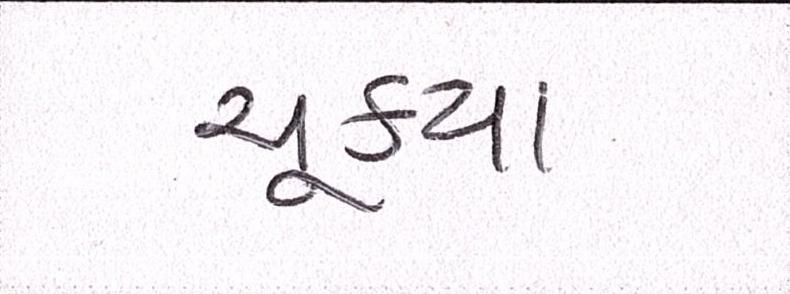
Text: ચૂક્યા